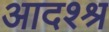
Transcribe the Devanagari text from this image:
आदश्श्र